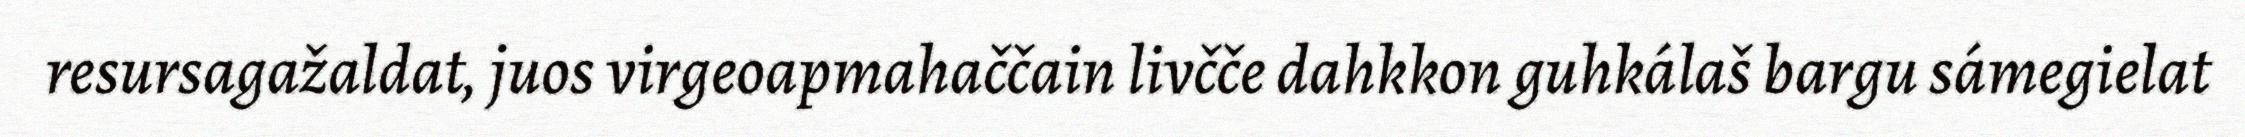
resursagažaldat, juos virgeoapmahaččain livčče dahkkon guhkálaš bargu sámegielat